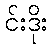
င်းဒိုး